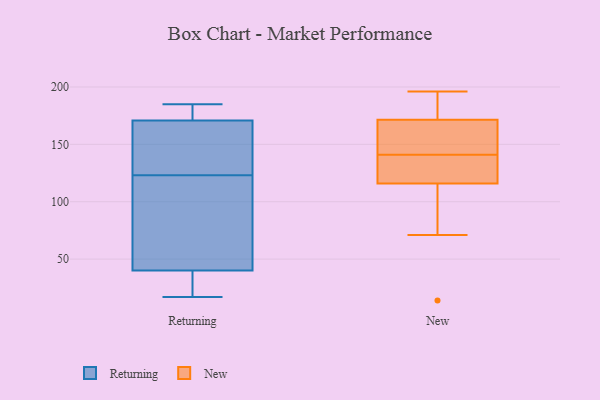
{"axis": {"x": "Conversion Rate (%)", "y": "Value"}, "legend": ["New", "Returning"], "data": [{"x": "", "y": 183, "type": "Returning"}, {"x": "", "y": 17, "type": "Returning"}, {"x": "", "y": 101, "type": "Returning"}, {"x": "", "y": 179, "type": "Returning"}, {"x": "", "y": 27, "type": "Returning"}, {"x": "", "y": 185, "type": "Returning"}, {"x": "", "y": 43, "type": "Returning"}, {"x": "", "y": 31, "type": "Returning"}, {"x": "", "y": 158, "type": "Returning"}, {"x": "", "y": 123, "type": "Returning"}, {"x": "", "y": 72, "type": "Returning"}, {"x": "", "y": 168, "type": "Returning"}, {"x": "", "y": 149, "type": "Returning"}, {"x": "", "y": 138, "type": "New"}, {"x": "", "y": 71, "type": "New"}, {"x": "", "y": 161, "type": "New"}, {"x": "", "y": 109, "type": "New"}, {"x": "", "y": 123, "type": "New"}, {"x": "", "y": 182, "type": "New"}, {"x": "", "y": 190, "type": "New"}, {"x": "", "y": 14, "type": "New"}, {"x": "", "y": 144, "type": "New"}, {"x": "", "y": 155, "type": "New"}, {"x": "", "y": 196, "type": "New"}, {"x": "", "y": 134, "type": "New"}]}